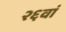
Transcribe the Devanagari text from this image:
२६वां